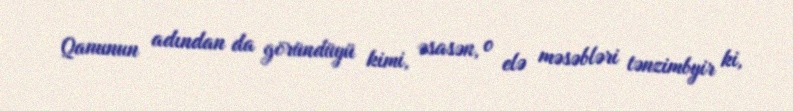
Qanunun adından da göründüyü kimi, əsasən, o elə məsəbləri tənzimbyir ki,